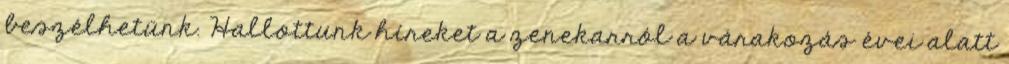
beszélhetünk. Hallottunk híreket a zenekarról a várakozás évei alatt